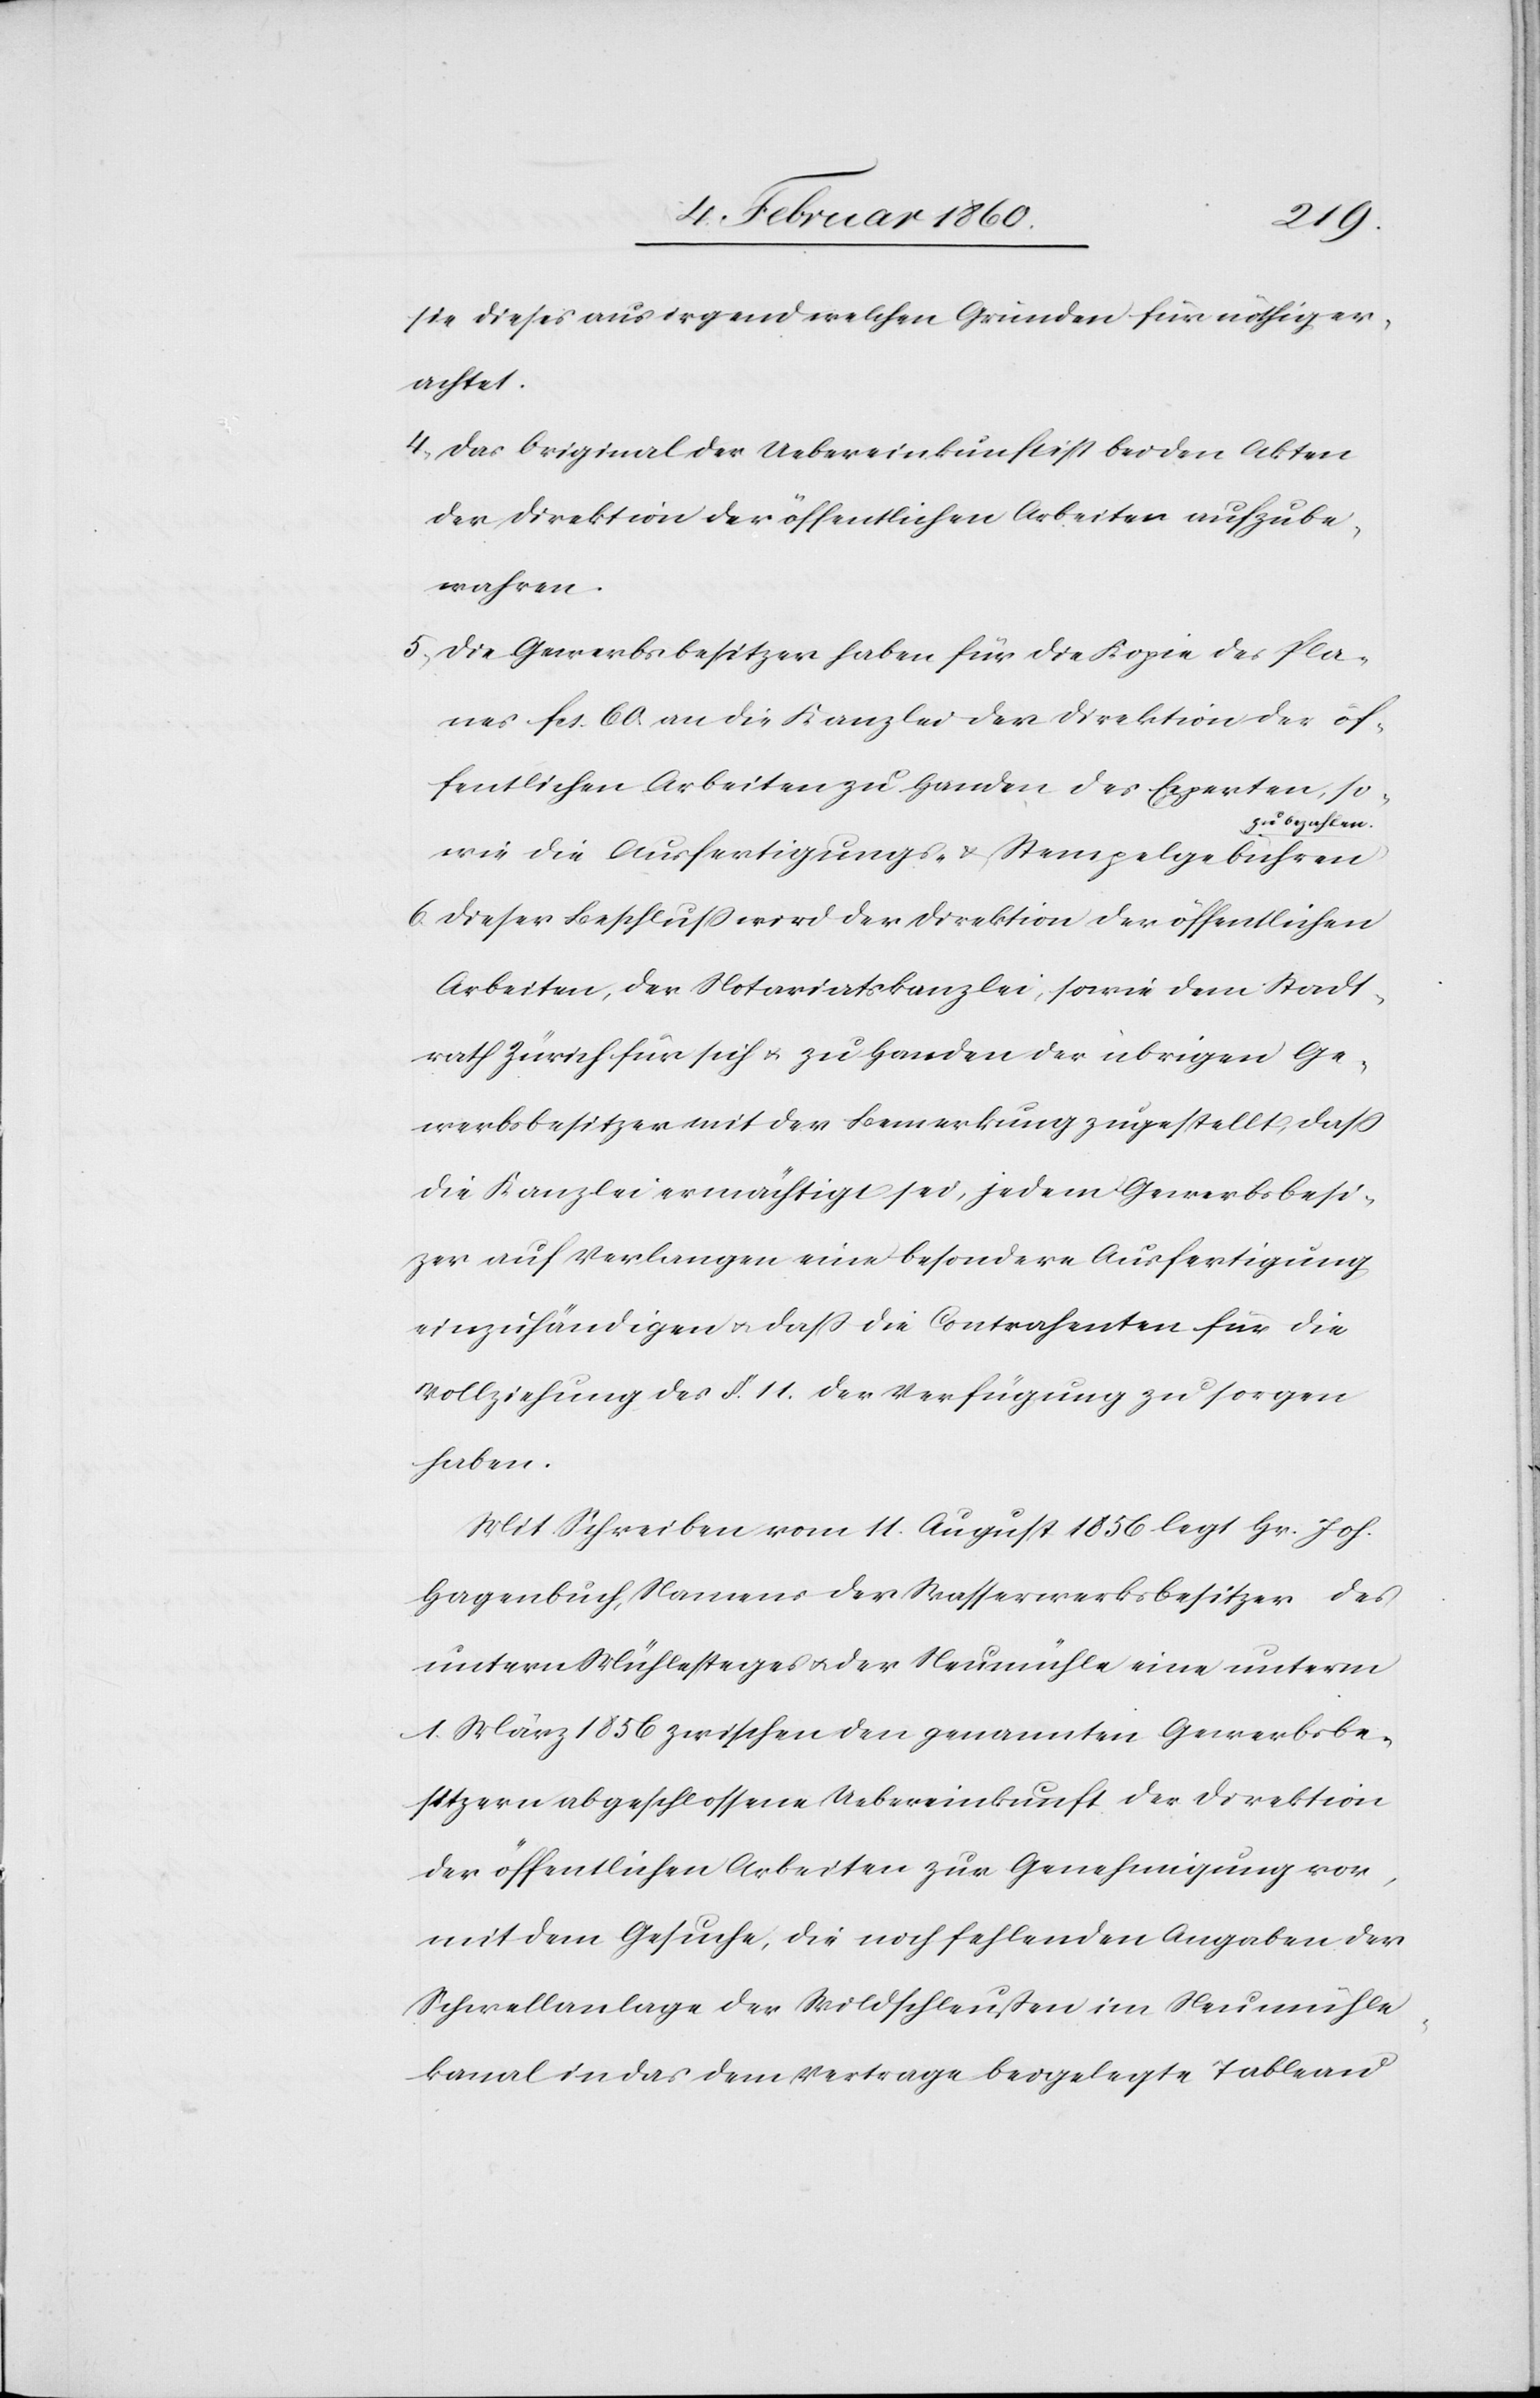
sie dieses aus irgend welchen Gründen für nöthig er¬
achtet.
4. Das Original der Uebereinkunft ist bei den Akten
der Direktion der öffentlichen Arbeiten aufzube¬
wahren.
5. Die Gewerbsbesitzer haben für die Kopie des Pla¬
nes fcs. 60. an die Kanzlei der Direktion der öf¬
fentlichen Arbeiten zu Handen des Experten, so¬
zu bezahlen.
wie die Ausfertigungs- u. Stempelgebühren
6. Dieser Beschluß wird der Direktion der öffentlichen
Arbeiten, der Notariatskanzlei, sowie dem Stadt¬
rath Zürich für sich und zu Handen der ubrigen
Gewerbsbesitzer mit der Bemerkung zugestellt, dass
die Kanzlei ermächtigt sei, jedem Gewerbsbesit¬
zer auf Verlangen eine besondere Ausfertigung
einzuhändigen u. dass die Contrahenten für die
Vollziehung des §. 11. der Verfügung zu sorgen
haben.
Mit Schreiben vom 11. August 1856 legt Hr. Joh.
Hagenbuch, Namens der Wasserwerksbesitzer des
untern Mühlesteges u. der Neumühle eine unterm
1. März 1856 zwischen den genannten Gewerbsbe¬
sitzern abgeschlossene Uebereinkunft der Direktion
der öffentlichen Arbeiten zur Genehmigung vor,
mit dem Gesuche, die noch fehlenden Angaben der
Schwellenanlage der Wildschleussen im Neumühle¬
kanal in das dem Vertrage beigelegte Tableau